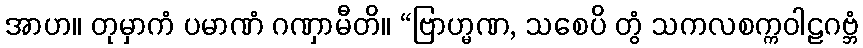
အာဟ။ တုမှာကံ ပမာဏံ ဂဏှာမီတိ။ “ဗြာဟ္မဏ, သစေပိ တွံ သကလစက္ကဝါဠဂဗ္ဘံ